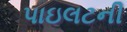
પાઇલટની